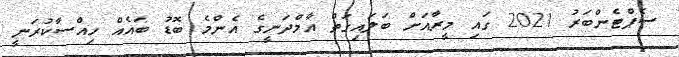
ސެޕްޓެންބަރު 2021 ގައި މީރާއަށް ބަލައިގަތް އާމްދަނީގެ އެންމެ ބޮޑު ބައެއް ހިއްސާކުރަނީ